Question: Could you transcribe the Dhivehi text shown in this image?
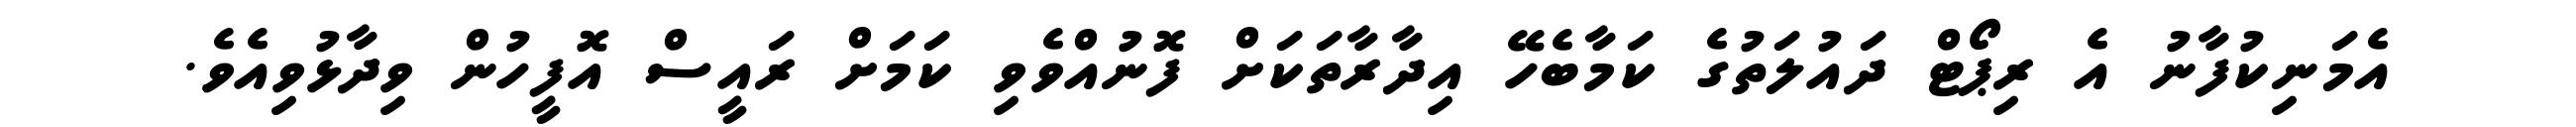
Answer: އެމަނިކުފާނު އެ ރިޕޯޓް ދައުލަތުގެ ކަމާބެހޭ އިދާރާތަކަށް ފޮނުއްވެވި ކަމަށް ރައީސް އޮފީހުން ވިދާޅުވިއެވެ.